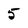
Character: 5